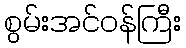
စွမ်းအင်ဝန်ကြီး